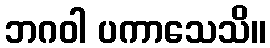
ဘဂဝါ ပကာသေသိ။